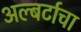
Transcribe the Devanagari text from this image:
अल्बर्टाचा